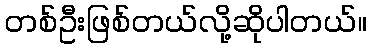
တစ်ဦးဖြစ်တယ်လို့ဆိုပါတယ်။